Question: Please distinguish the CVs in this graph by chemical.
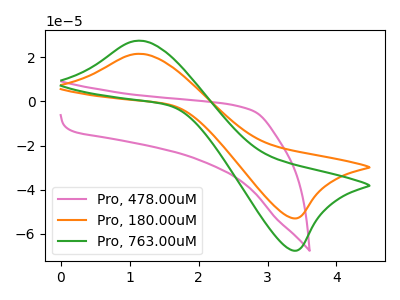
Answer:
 <answer>The pink curve is labeled "Pro, 478.00uM". The orange curve is labeled "Pro, 180.00uM". The green curve is labeled "Pro, 763.00uM".</answer>
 <eval></eval>